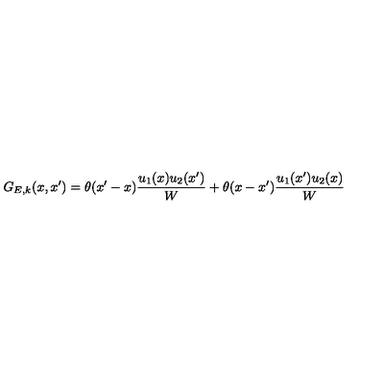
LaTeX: G _ { E , k } ( x , x ^ { \prime } ) = \theta ( x ^ { \prime } - x ) \frac { u _ { 1 } ( x ) u _ { 2 } ( x ^ { \prime } ) } { W } + \theta ( x - x ^ { \prime } ) \frac { u _ { 1 } ( x ^ { \prime } ) u _ { 2 } ( x ) } { W }